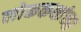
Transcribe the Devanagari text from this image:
लोककथांच्या